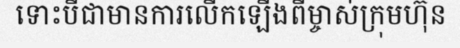
ទោះបីជាមានការលើកឡើងពីម្ចាស់ក្រុមហ៊ុន